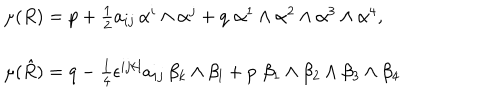
LaTeX: \begin{array} { l } { { \mu ( R ) = p + \frac { 1 } { 2 } a _ { i j } \, \alpha ^ { i } \wedge \alpha ^ { j } + q \, \, \alpha ^ { 1 } \wedge \alpha ^ { 2 } \wedge \alpha ^ { 3 } \wedge \alpha ^ { 4 } , } } \\ { { \mu ( \hat { R } ) = q - \frac { 1 } { 4 } \epsilon ^ { i j k l } a _ { i j } \, \beta _ { k } \wedge \beta _ { l } + p \, \, \beta _ { 1 } \wedge \beta _ { 2 } \wedge \beta _ { 3 } \wedge \beta _ { 4 } } } \\ \end{array}